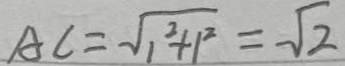
A C = \sqrt { 1 ^ { 2 } + 1 ^ { 2 } } = \sqrt { 2 }